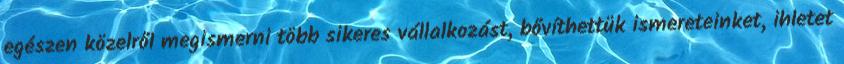
egészen közelről megismerni több sikeres vállalkozást, bővíthettük ismereteinket, ihletet